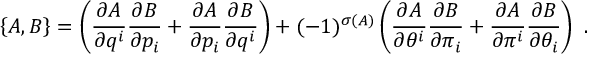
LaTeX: \left\{ A , B \right\} = \left( \frac { \partial A } { \partial q ^ { i } } \frac { \partial B } { \partial p _ { i } } + \frac { \partial A } { \partial p _ { i } } \frac { \partial B } { \partial q ^ { i } } \right) + ( - 1 ) ^ { \sigma ( A ) } \left( \frac { \partial A } { \partial \theta ^ { i } } \frac { \partial B } { \partial \pi _ { i } } + \frac { \partial A } { \partial \pi ^ { i } } \frac { \partial B } { \partial \theta _ { i } } \right) \ .